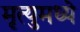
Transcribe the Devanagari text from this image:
मृत्युमध्ये